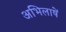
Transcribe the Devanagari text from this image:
अभिलाषें